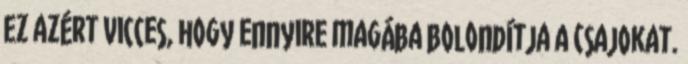
Ez azért vicces, hogy ennyire magába bolondítja a csajokat.